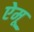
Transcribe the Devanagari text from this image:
ऐमू